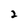
Character: 2